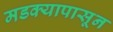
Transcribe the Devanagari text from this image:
मडक्यापासून